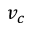
v _ { c }